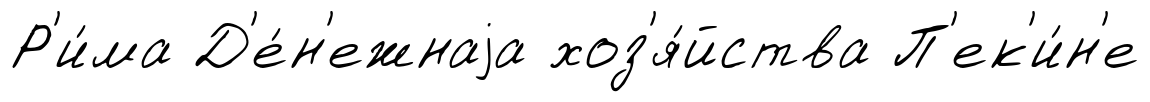
Р'и́ма Д'е́н'ежнаjа хоз'я́йства П'ек'и́н'е